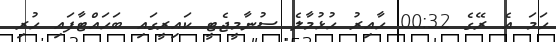
ހަމަ އެ ރޭގެ 00:32 ހާއިރު ހުޅުމާލެ ސުނާމީޖެޓީ ކައިރީގައި ބަހައްޓާފައި ހުރި